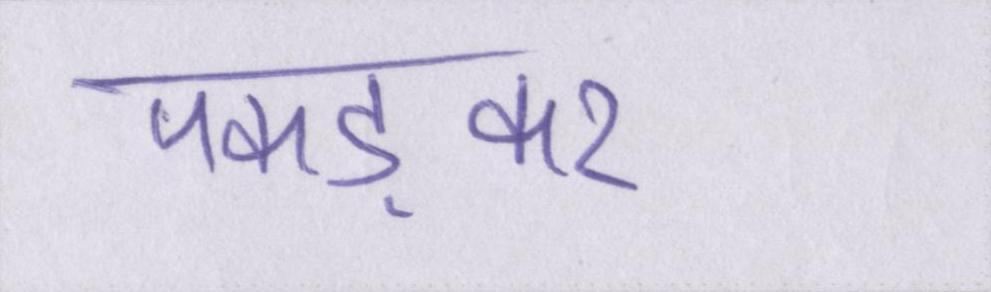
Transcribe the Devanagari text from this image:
पकड़कर